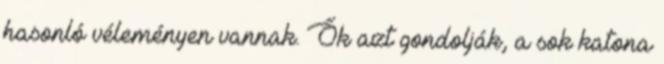
hasonló véleményen vannak. Ők azt gondolják, a sok katona